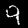
Digit: 9